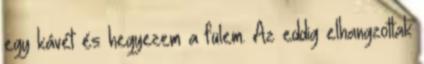
egy kávét és hegyezem a fülem. Az eddig elhangzottak